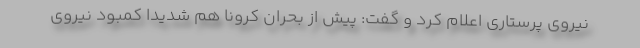
نیروی پرستاری اعلام کرد و گفت: پیش از بحران کرونا هم شدیدا کمبود نیروی